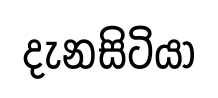
දැනසිටියා